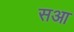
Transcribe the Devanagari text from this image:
सआ